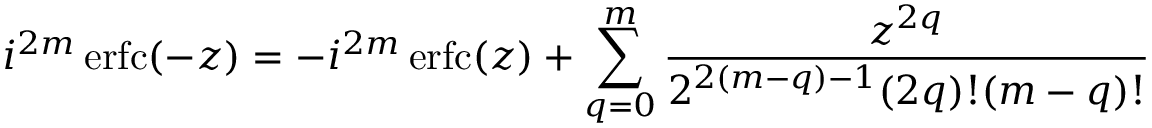
i ^ { 2 m } \operatorname { e r f c } ( - z ) = - i ^ { 2 m } \operatorname { e r f c } ( z ) + \sum _ { q = 0 } ^ { m } { \frac { z ^ { 2 q } } { 2 ^ { 2 ( m - q ) - 1 } ( 2 q ) ! ( m - q ) ! } }